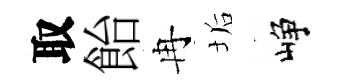
取飴冉垢峥